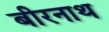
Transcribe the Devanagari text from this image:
बीरनाथ